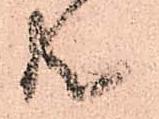
共